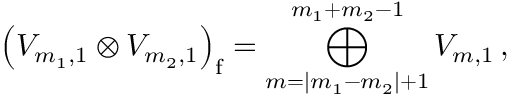
\left( { \cal V } _ { m _ { 1 } , 1 } \otimes { \cal V } _ { m _ { 2 } , 1 } \right) _ { \mathrm f } = \bigoplus _ { m = | m _ { 1 } - m _ { 2 } | + 1 } ^ { m _ { 1 } + m _ { 2 } - 1 } { \cal V } _ { m , 1 } \, ,